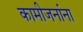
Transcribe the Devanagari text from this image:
कामीजनांना